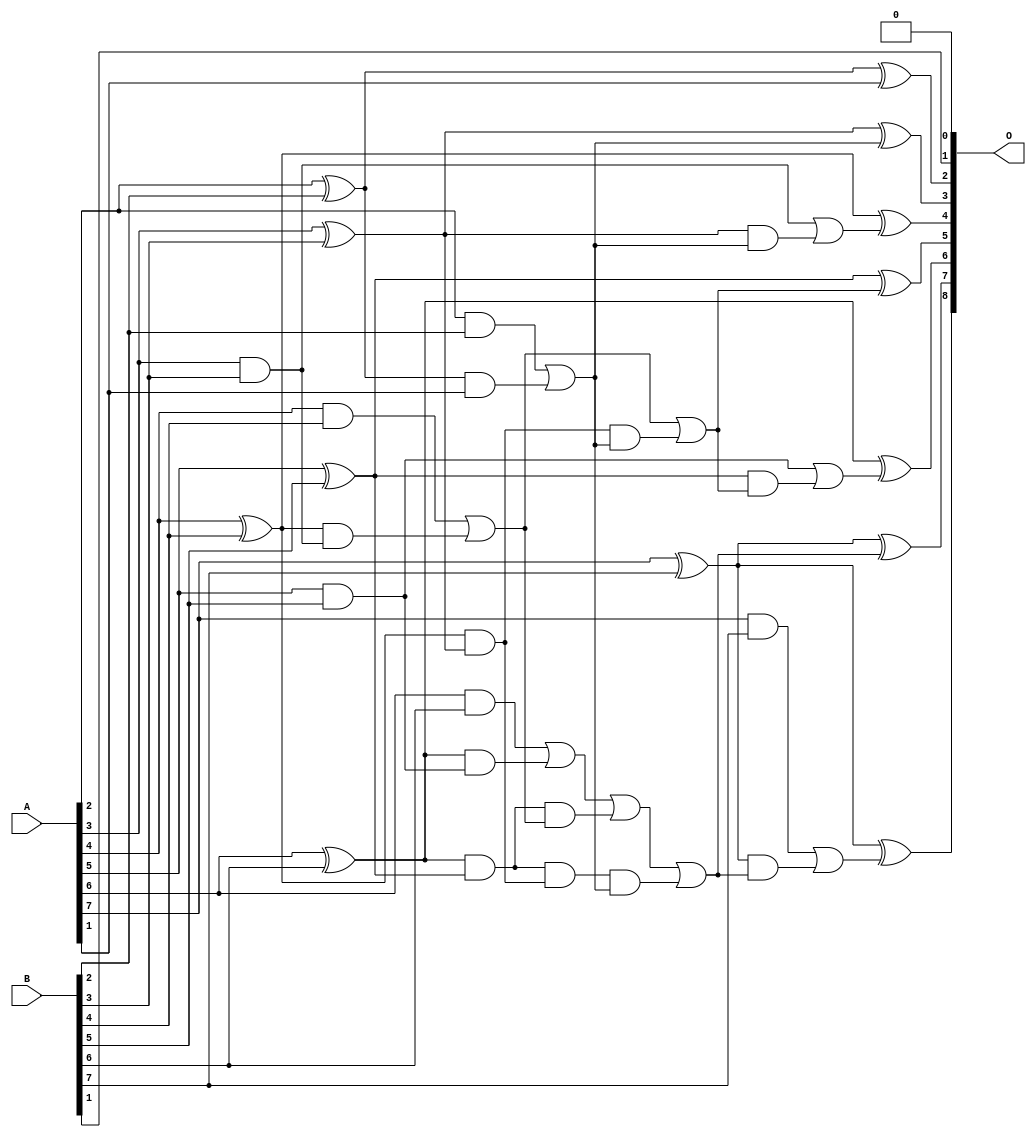
/***
* This code is a part of EvoApproxLib library (ehw.fit.vutbr.cz/approxlib) distributed under The MIT License.
* When used, please cite the following article(s): V. Mrazek, L. Sekanina, Z. Vasicek "Libraries of Approximate Circuits: Automated Design and Application in CNN Accelerators" IEEE Journal on Emerging and Selected Topics in Circuits and Systems, Vol 10, No 4, 2020 
* This file contains a circuit from a sub-set of pareto optimal circuits with respect to the pwr and wce parameters
***/
// MAE% = 0.39 %
// MAE = 1.0 
// WCE% = 0.78 %
// WCE = 2.0 
// WCRE% = 100.00 %
// EP% = 75.00 %
// MRE% = 4.02 %
// MSE = 1.5 
// PDK45_PWR = 0.028 mW
// PDK45_AREA = 57.7 um2
// PDK45_DELAY = 0.51 ns

module add8se_91Y (
    A,
    B,
    O
);

input [7:0] A;
input [7:0] B;
output [8:0] O;

wire sig_20,sig_21,sig_22,sig_23,sig_24,sig_25,sig_26,sig_27,sig_28,sig_29,sig_30,sig_31,sig_32,sig_33,sig_35,sig_36,sig_37,sig_38,sig_39,sig_40;
wire sig_41,sig_44,sig_45,sig_46,sig_47,sig_48,sig_49,sig_50,sig_53,sig_54,sig_55,sig_56,sig_57,sig_58,sig_60,sig_61,sig_62,sig_63,sig_64,sig_65;
wire sig_66;

assign sig_20 = A[2] & B[2];
assign sig_21 = A[2] ^ B[2];
assign sig_22 = A[3] & B[3];
assign sig_23 = A[3] ^ B[3];
assign sig_24 = A[4] & B[4];
assign sig_25 = A[4] ^ B[4];
assign sig_26 = A[5] & B[5];
assign sig_27 = A[5] ^ B[5];
assign sig_28 = A[6] & B[6];
assign sig_29 = A[6] ^ B[6];
assign sig_30 = A[7] & B[7];
assign sig_31 = A[7] ^ B[7];
assign sig_32 = A[7] ^ B[7];
assign sig_33 = sig_21 & A[1];
assign sig_35 = sig_20 | sig_33;
assign sig_36 = sig_25 & sig_22;
assign sig_37 = sig_25 & sig_23;
assign sig_38 = sig_24 | sig_36;
assign sig_39 = sig_29 & sig_26;
assign sig_40 = sig_29 & sig_27;
assign sig_41 = sig_28 | sig_39;
assign sig_44 = sig_40 & sig_38;
assign sig_45 = sig_40 & sig_37;
assign sig_46 = sig_41 | sig_44;
assign sig_47 = sig_45 & sig_35;
assign sig_48 = sig_46 | sig_47;
assign sig_49 = sig_37 & sig_35;
assign sig_50 = sig_38 | sig_49;
assign sig_53 = sig_23 & sig_35;
assign sig_54 = sig_22 | sig_53;
assign sig_55 = sig_27 & sig_50;
assign sig_56 = sig_26 | sig_55;
assign sig_57 = sig_31 & sig_48;
assign sig_58 = sig_30 | sig_57;
assign sig_60 = sig_21 ^ A[1];
assign sig_61 = sig_23 ^ sig_35;
assign sig_62 = sig_25 ^ sig_54;
assign sig_63 = sig_27 ^ sig_50;
assign sig_64 = sig_29 ^ sig_56;
assign sig_65 = sig_31 ^ sig_48;
assign sig_66 = sig_32 ^ sig_58;

assign O[8] = sig_66;
assign O[7] = sig_65;
assign O[6] = sig_64;
assign O[5] = sig_63;
assign O[4] = sig_62;
assign O[3] = sig_61;
assign O[2] = sig_60;
assign O[1] = B[1];
assign O[0] = 1'b0;

endmodule